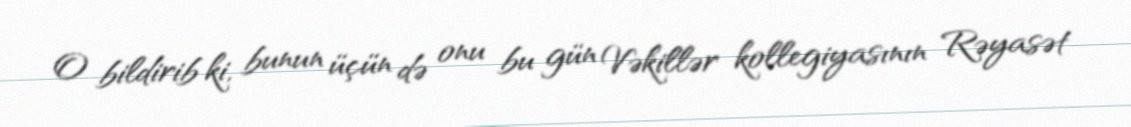
O bildirib ki, bunun üçün də onu bu gün Vəkillər kollegiyasının Rəyasət